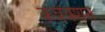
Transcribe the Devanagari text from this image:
कन्नेक्शन